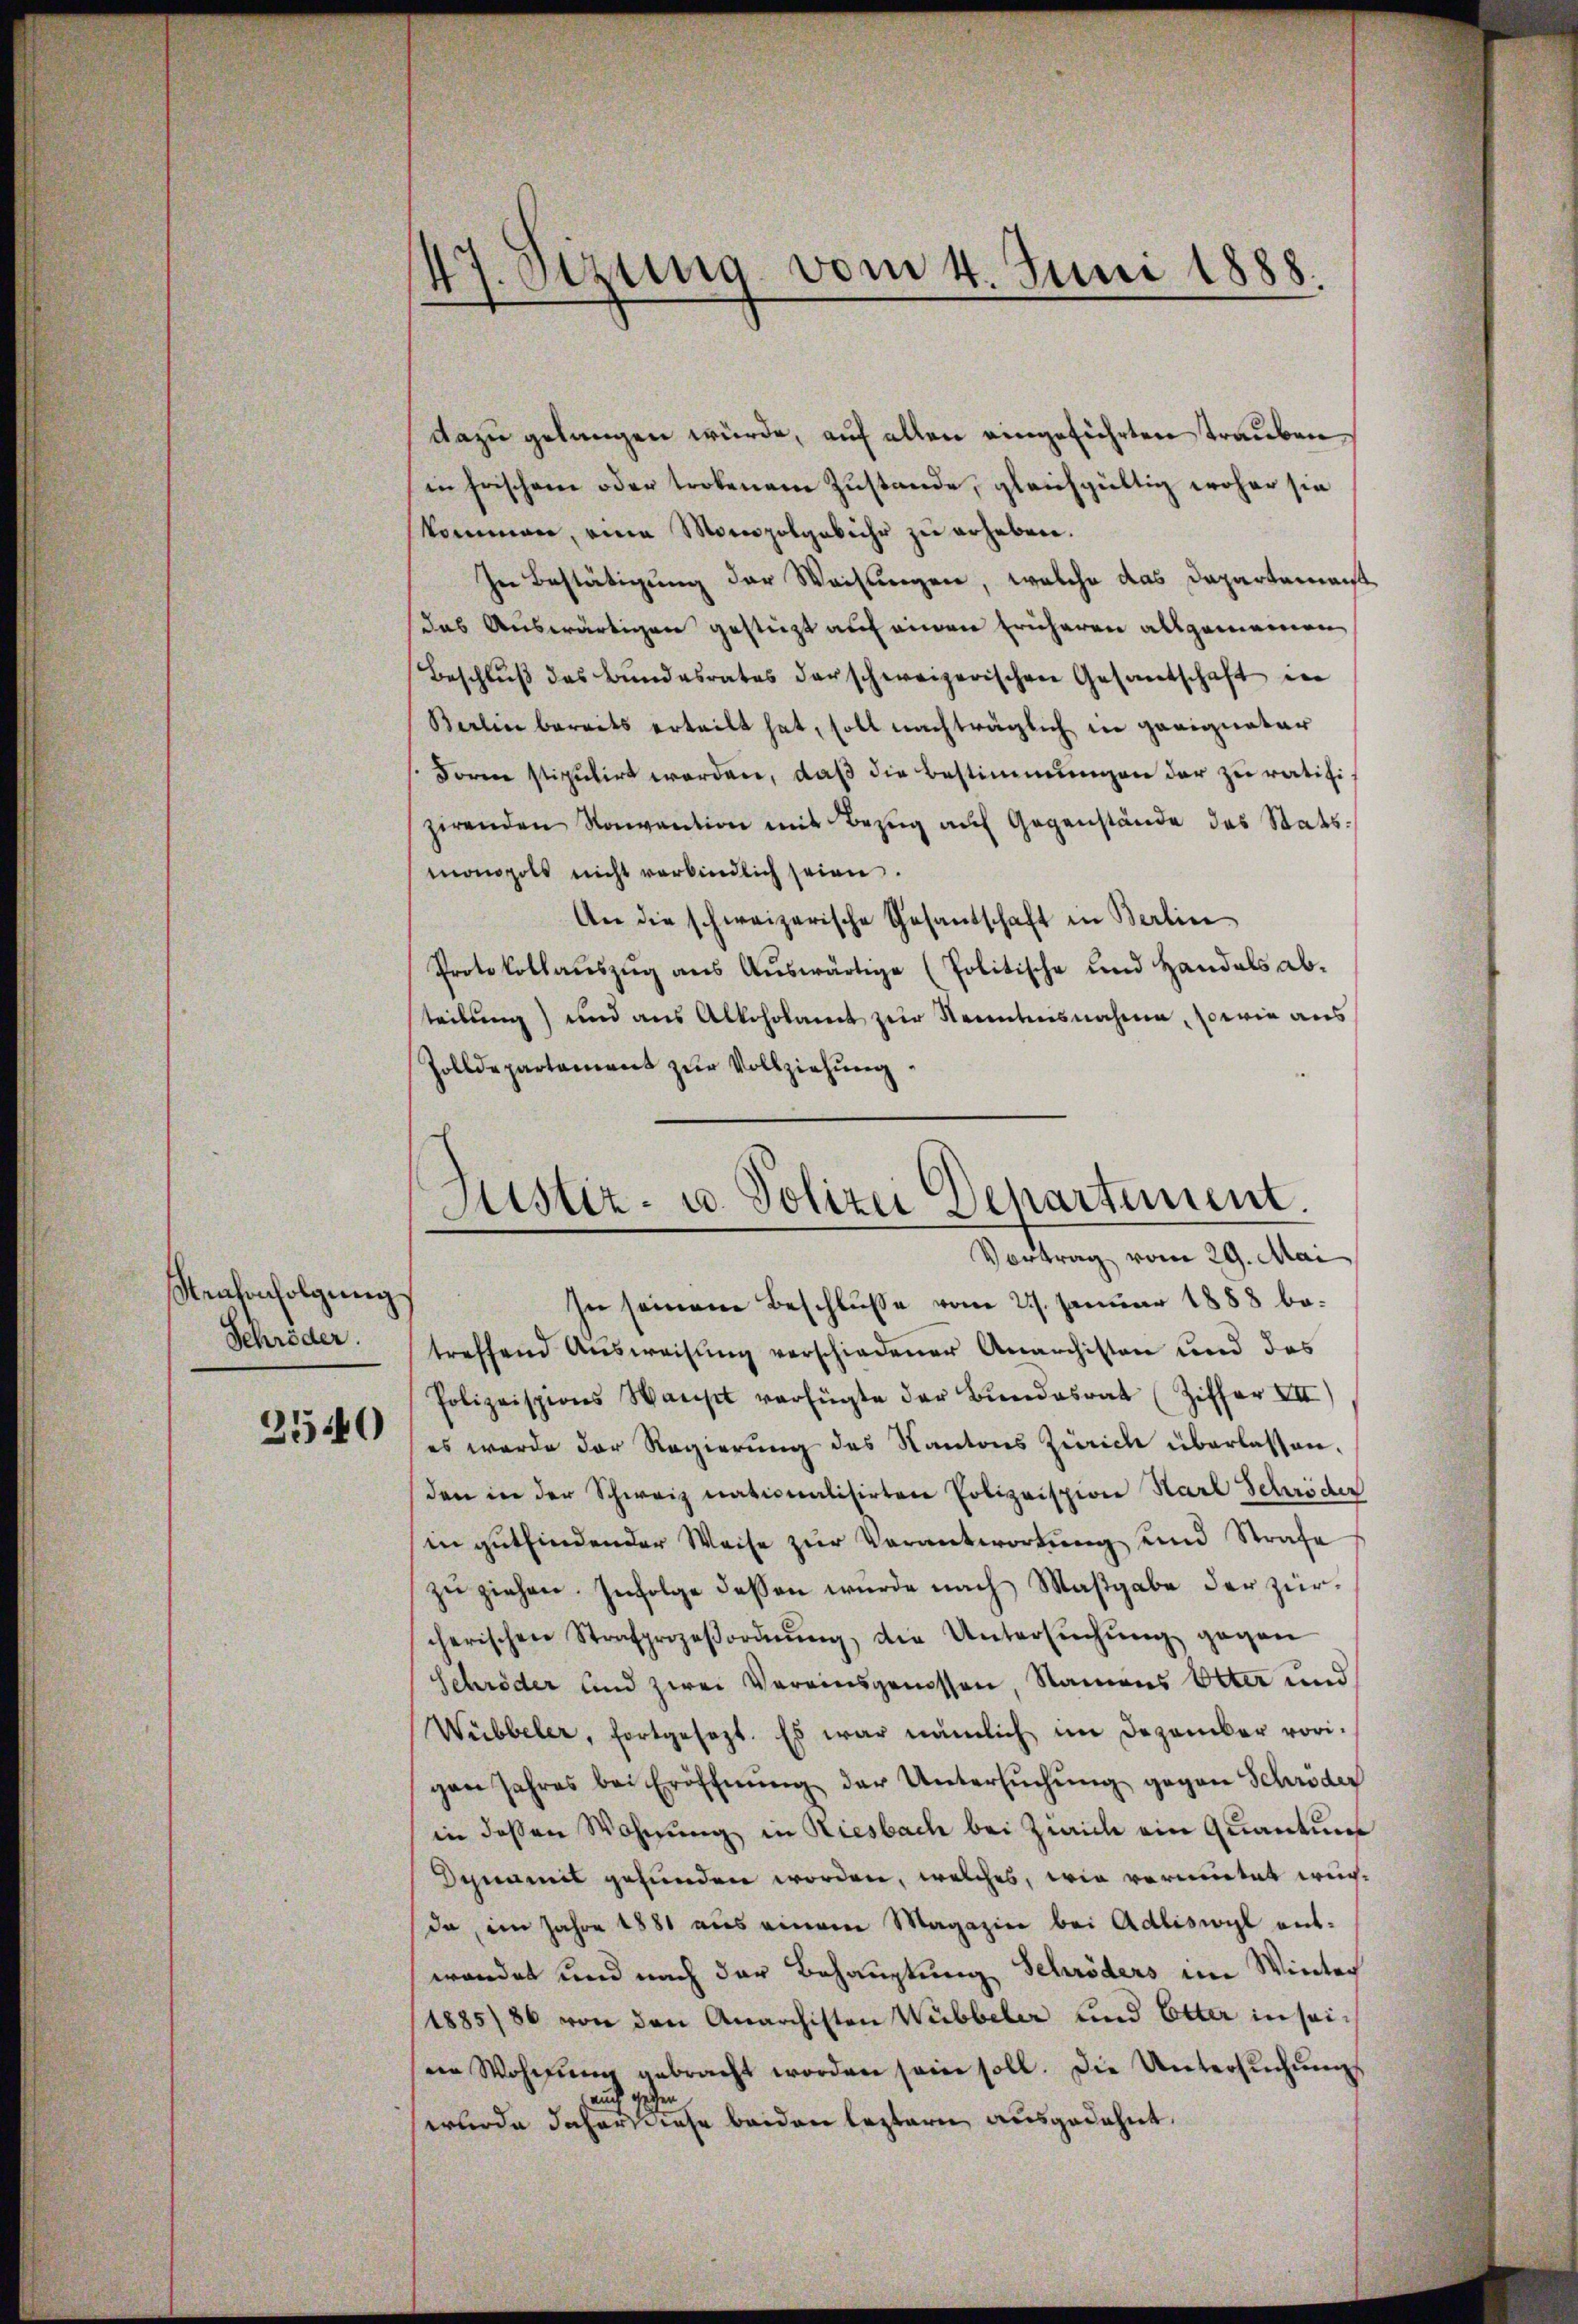
Stenkonfolgung
Schröder.

2540

47. Sizung vom 4. Juni 1888.

dazu gelangen würde, auf allen eingeführten Trauben
in Frischen oder trobenem Zustande, gleichgültig woher sie
kommen, eine Monopolgebühr zŭ erheben.
In Bestätigung der Weistungen, welche das Departemenst
das Auswärtigen gestützt auf einen früheren allgemeinen
Beschlŭβ des Bundesrates darschweizerischen Gesandschaft in
Berlin bereits erteilt hat, soll nachträglich in geeignatar
Form stiputirt worden, daβ die Bestimmungen der zu ratifizirenden Konvention mit Bezug auf Gegenstände des Statsmonopols nicht verbindlich seien.
An die schweizerische Gesandschaft in Berlin
Protokollaŭszŭg aŭs Aŭswärtige (Politische und Handels ab-
teilung) und aus Alkoholamt zur Kenntnisnahme, sowie aus
Zolldepartement zur Vollziehung
In seinem Beschlusse vom 27. Januar 1888 botreffend Ausweisung verschiedener Anarchisten und das
Polizeispions Warst verfügte der Bundesrat (Ziffer XII
es wurde der Regierung des Kantons Zürich überlassen.
den in der Schweiz nationalisierten Polizeispion Karl Schröder
in gutfindender Weise zur Verantwortung und Strafe
zu ziehen. Infolge dessen wurde nach Maßgabe der zürcherischen Strafprozeβordnŭng, die Untersŭchŭng gegen
Schröder und zwei Vereinsgenossen, Namens Otter und
Wübbeler, fortgesezt. Es war nämlich im Dezember vorigen Jahres bei Eröffnŭng der Untersŭchŭng gegen Schröder
in dessen Wohnung in Riesbach bei Ziaich ein Quantum
Dynamit gefunden worden, welches, wie vermutet werda, im Jahre 1881 aus einem Magazin bei Adliswyl entwendet und nach der Behauptung Schröders im Winter
1885/86 von den Anarchisten Wübbeler und Etter in seiein Wohnung gebracht worden sein soll. Die Untersŭchŭngs
1
auch
sen
wurde daher diese beiden leztern ausgedehnt.

Justiz- u. Polizei Departement
Vortrag vom 29. Mai